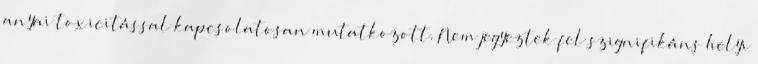
anyai toxicitással kapcsolatosan mutatkozott. Nem jegyeztek fel szignifikáns helyi